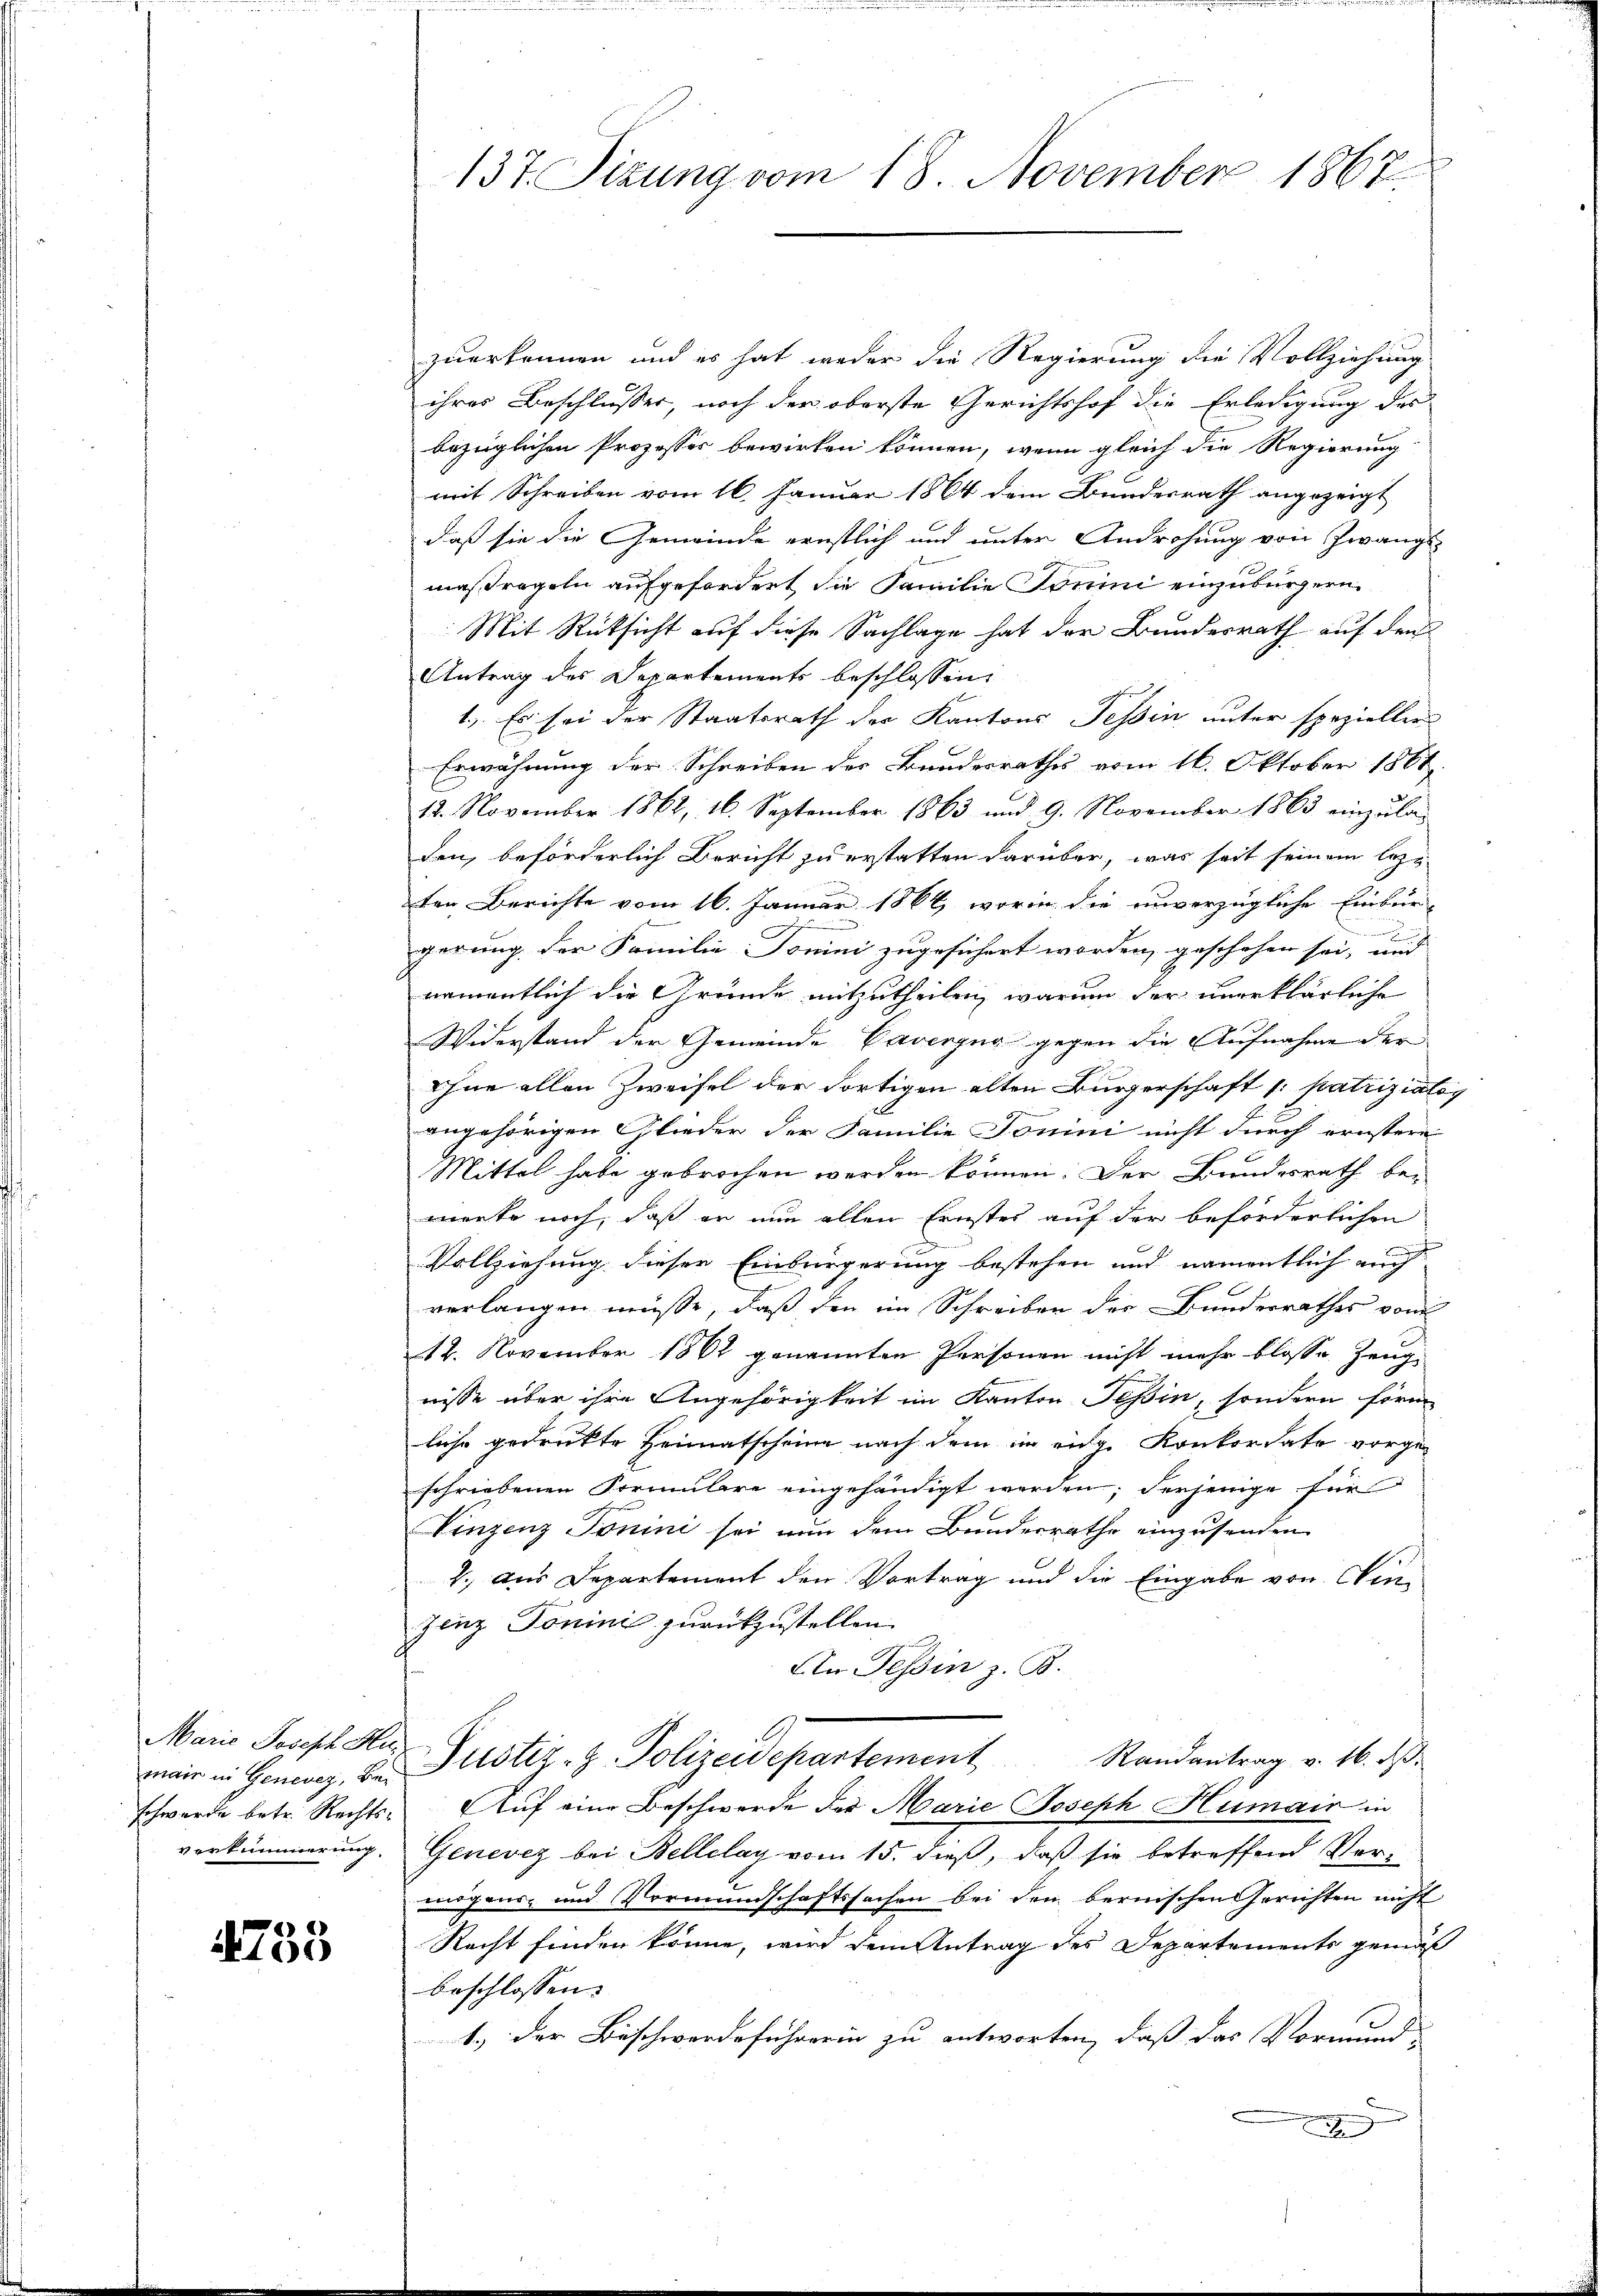
Maria Joseph Hu
schwerde betr. Rechts¬

4758

zuerkennen und es hat weder die Regierung die Vollziehung
ihres Beschlusser, noch der oberste Gerichtshof die Erledigung des
bezüglichen Prozesser bewirken können, wenn gleich die Regierung
mit Schreiben vom 16. Januar 1864 dem Bundesrath angezeigt
daß sie die Gemeinde ernstlich und unter Androhung von Zwangs
x
maßregeln aufgefordert, die Familie Tomini einzubürgern.
Mit Rücksicht auf diese Sachlage hat der Bundesrath auf den
Antrag des Departements beschlossen,
1.) Es sei der Staatsrath der Kantons Tessin unter spezieller
Erwähnung der Schreiben des Bundesrathes vom 16. Oktober 1861.
12. November 1862, 16. September 1863 und 9. November 1863 einzula-
den, beförderlich Bericht zu erstatten darüber, was seit seinem lezten Berichte vom 16. Januar 1864, worin die unverzügliche Einbür-
gerung der Familie Tomini zugesichert worden, geschehen sei, und
namentlich die Gründe mitzutheilen, warum der unerklärliche
Widerstand der Gemeinde Caverzug gegen die Aufnahme der
ohne allen Zweifel der dortigen alten Bürgerschaft 1 patriziatis
angehörigen Glieder der Familie Tomini nicht durch ernstern
Mittel habe gebrochen werden können. Der Brandesrath be-
merke noch, daß er nun allen Ernstes auf der beförderlichen
Vollziehung dieser Einbürgerung bestehen und namentlich auch
verlangen müsse, daß den im Schreiben der Bunderrathes von
12. November 1862 genannten Personen nicht mehr blosse Zeug
nisse über ihre Angehörigkeit im Kanton Tessin, sondern förm
liche gedruckte Heimatscheine nach dem in eige Konkordate vorge-
schriebenen Formulare eingehändigt werden; derjenige für
Vinzenz Tonini sei nun dem Bundesrathe einzusenden
2. aus Departement den Vortrag und die Eingabe von Win-
zenz Tonini zurückzustellen.
In Tessin z. B.
wir in Generez. bei Justiz- & Polizeidepartement Randantrag v. 16. d.
Auf eine Beschwerde der Marie Joseph Humair in
verkümmerung. Genevez bei Bellelay vom 15. dieß, daß sie betreffend Vermögens- und Vormundschaftssachen bei den bernischen Gerichten nicht
Recht finden könne, wird dem Antrag des Departements gemäß
beschlossen:
1.) der Beschwerdeführerin zu antworten, daß das Vormund-
x

137. Tizung vom 18. November 1867.